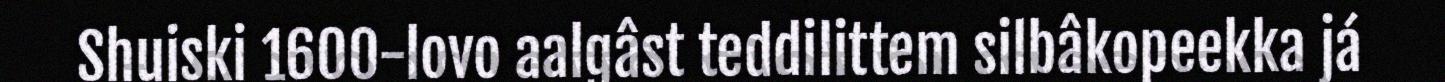
Shuiski 1600-lovo aalgâst teddilittem silbâkopeekka já